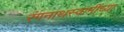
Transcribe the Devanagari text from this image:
रंगनाथस्वामींच्या